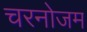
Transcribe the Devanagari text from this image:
चरनोजम